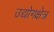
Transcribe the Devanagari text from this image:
उद्योगक्षेत्र